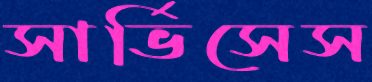
সার্ভিসেস